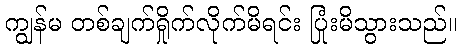
ကျွန်မ တစ်ချက်ရှိုက်လိုက်မိရင်း ပြုံးမိသွားသည်။